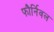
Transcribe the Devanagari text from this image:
फौर्निवल